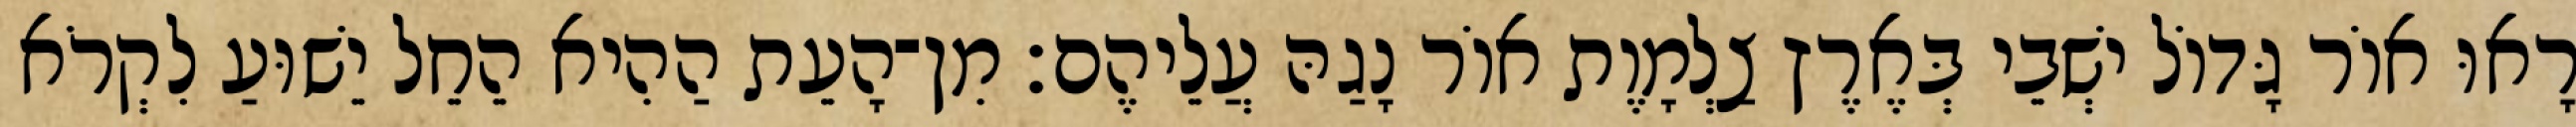
רָאוּ אוֹר גָּדוֹל ישְׁבֵי בְּאֶרֶץ צַלְמָוֶת אוֹר נָגַהּ עֲלֵיהֶם׃ מִן־הָעֵת הַהִיא הֵחֵל יֵשׁוּעַ לִקְרֹא